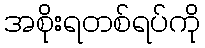
အစိုးရတစ်ရပ်ကို